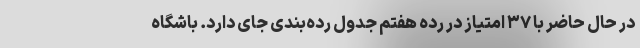
در حال حاضر با ۳۷ امتیاز در رده هفتم جدول رده‌بندی جای دارد. باشگاه